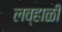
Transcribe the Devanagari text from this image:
लव्हाळी